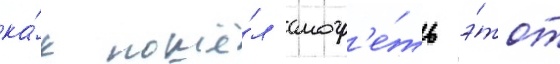
ка́к пошё́л смотр'е́ть э́тот